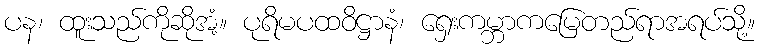
ပန၊ ထူးသည်ကိုဆိုအံ့။ ပုရိမပထဝိဋ္ဌာနံ၊ ရှေးကမ္ဘာကမြေတည်ရာအရပ်သို့။